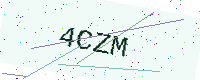
Text: 4CZM